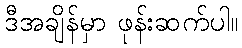
ဒီအချိန်မှာ ဖုန်းဆက်ပါ။